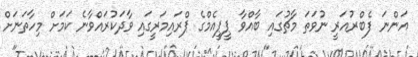
އަންނަ ފެބްރުއަރީ ނުވަތަ މާޗުގައި ބާއްވާ ޕީޕީއެމްގެ ޕްރައިމަރީގައި ވާދަކުރައްވާނެ ކަމަށް މިހާތަނަށް